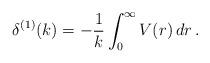
LaTeX: \begin{align*}\delta^{(1)}(k) = -\frac{1}{k} \int_0^\infty V(r)\, dr\, .\end{align*}